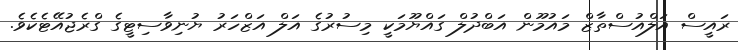
ރައީސް އަލްއުސްތާޒް މައުމޫން އަބްދުލް ގައްޔޫމަކީ މިސުރުގެ އަލް އަޒްހަރު ޔުނިވާސިޓީގެ ގްރެޖުއޭޓެކެވެ.